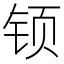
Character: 𰽳